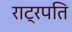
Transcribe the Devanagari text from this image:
राट्रपति